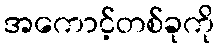
အကောင့်တစ်ခုကို